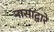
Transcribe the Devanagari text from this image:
नासाद्वारे